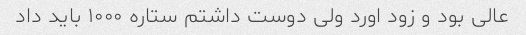
عالی بود و زود اورد ولی دوست داشتم ستاره ۱۰۰۰ باید داد